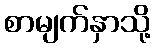
စာမျက်နှာသို့